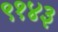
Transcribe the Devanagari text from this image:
९१४३